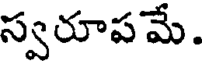
స్వరూపమే.